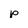
Character: p